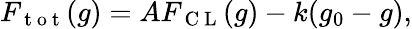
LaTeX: F_{\mathrm{~t~o~t~}}(g)=AF_{\mathrm{~C~L~}}(g)-k(g_{0}-g),